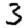
Digit: 3